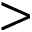
>